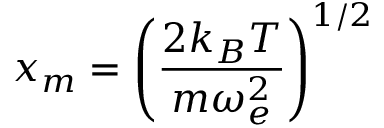
x _ { m } = \left( \frac { 2 k _ { B } T } { m \omega _ { e } ^ { 2 } } \right) ^ { 1 / 2 }